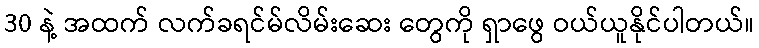
30 နဲ့ အထက် လက်ခရင်မ်လိမ်းဆေး တွေကို ရှာဖွေ ဝယ်ယူနိုင်ပါတယ်။